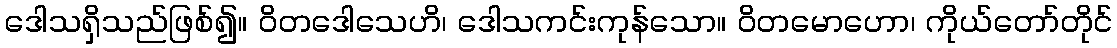
ဒေါသရှိသည်ဖြစ်၍။ ဝိတဒေါသေဟိ၊ ဒေါသကင်းကုန်သော။ ဝိတမောဟော၊ ကိုယ်တော်တိုင်